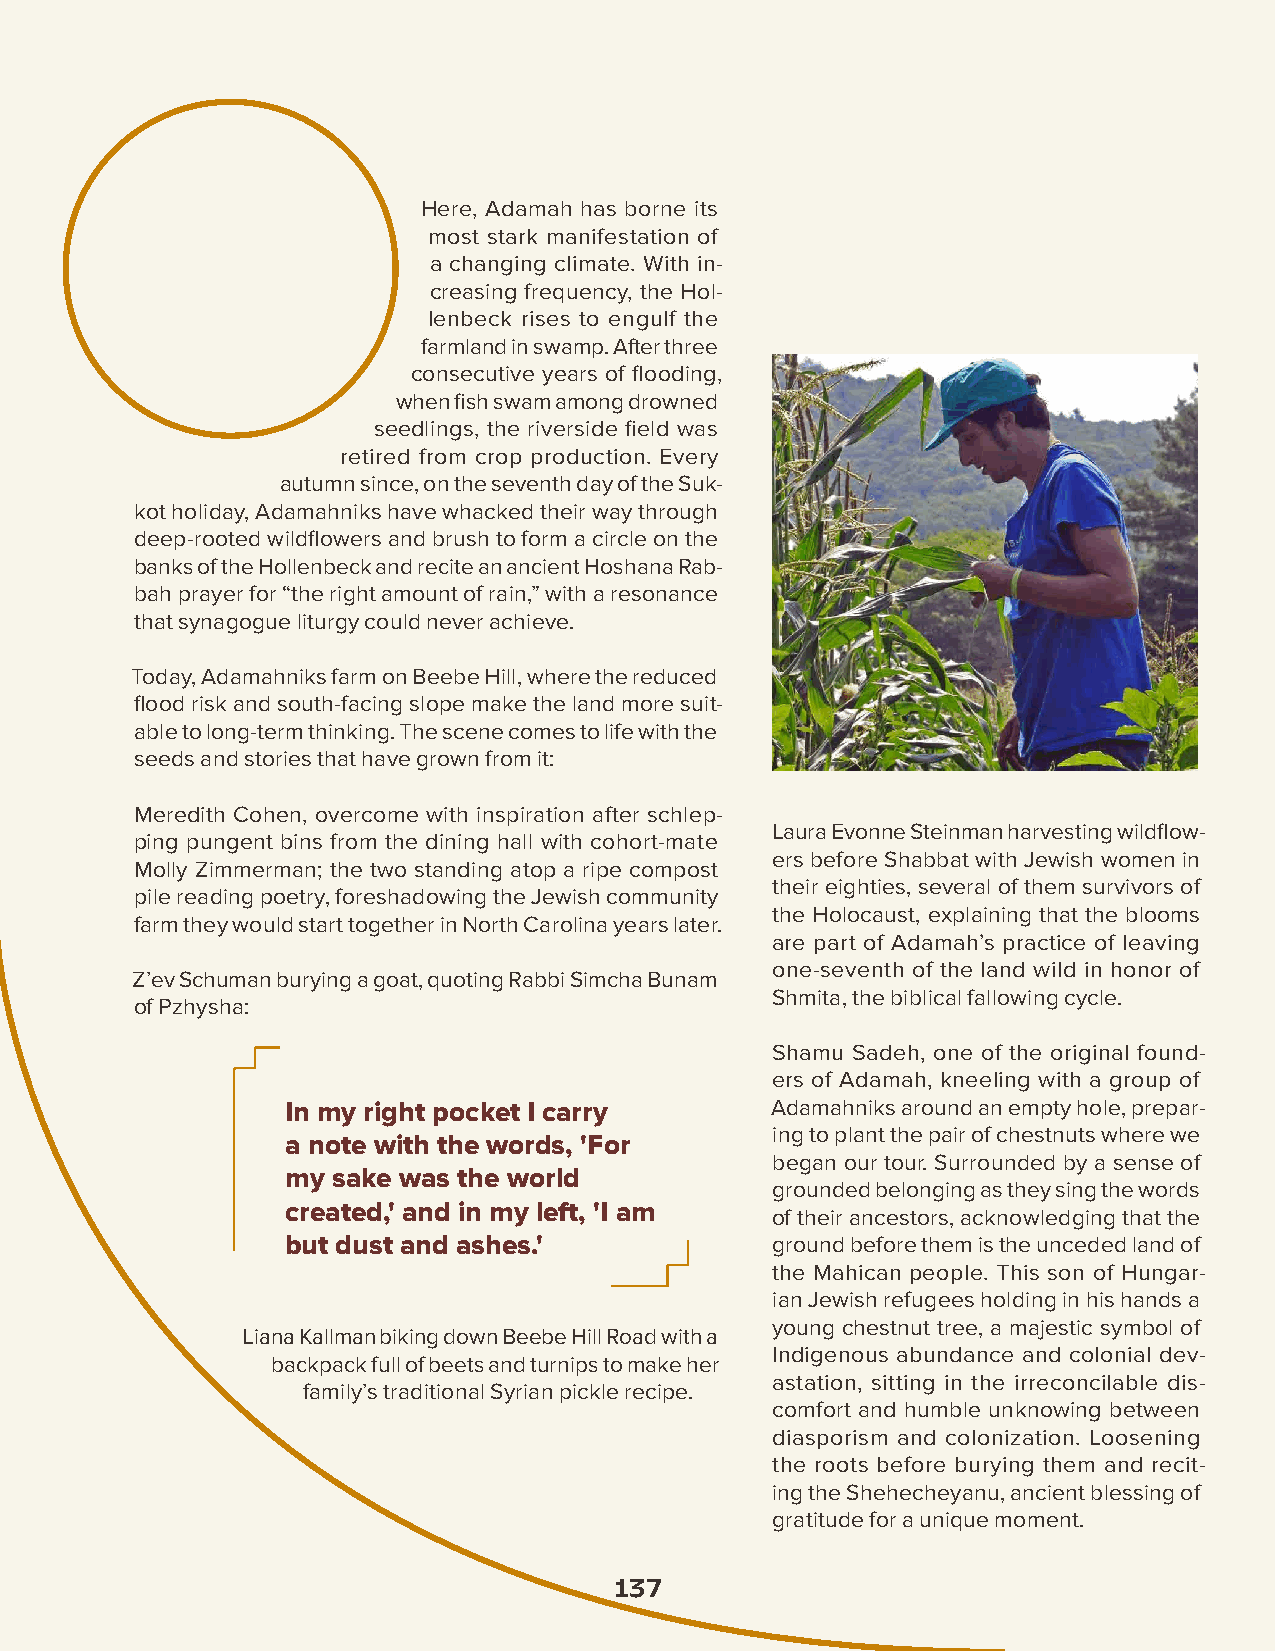
Here, Adamah has borne its
 most stark manifestation of
 a changing climate. With in-
 creasing frequency, the Hol-
 lenbeck rises to engulf the
 farmland in swamp. After three
 consecutive years of flooding,
 when fish swam among drowned
 seedlings, the riverside field was
 retired from crop production. Every
 autumn since, on the seventh day of the Suk-
 kot holiday, Adamahniks have whacked their way through
 deep-rooted wildflowers and brush to form a circle on the
 banks of the Hollenbeck and recite an ancient Hoshana Rab-
 bah prayer for “the right amount of rain,” with a resonance
 that synagogue liturgy could never achieve.
 Today, Adamahniks farm on Beebe Hill, where the reduced
 flood risk and south-facing slope make the land more suit-
 able to long-term thinking. The scene comes to life with the
 seeds and stories that have grown from it:
 Meredith Cohen, overcome with inspiration after schlep-
 Laura Evonne Steinman harvesting wildflow-
 ping pungent bins from the dining hall with cohort-mate
 ers before Shabbat with Jewish women in
 Molly Zimmerman; the two standing atop a ripe compost
 their eighties, several of them survivors of
 pile reading poetry, foreshadowing the Jewish community
 the Holocaust, explaining that the blooms
 farm they would start together in North Carolina years later.
 are part of Adamah’s practice of leaving
 one-seventh of the land wild in honor of
 Z’ev Schuman burying a goat, quoting Rabbi Simcha Bunam
 Shmita, the biblical fallowing cycle.
 of Pzhysha:
 Shamu Sadeh, one of the original found-
 ers of Adamah, kneeling with a group of
 In my right pocket I carry      Adamahniks around an empty hole, prepar-
 ing to plant the pair of chestnuts where we
 a note with the words, 'For
 began our tour. Surrounded by a sense of
 my sake was the world
 grounded belonging as they sing the words
 created,' and in my left, 'I am
 of their ancestors, acknowledging that the
 but dust and ashes.'            ground before them is the unceded land of
 the Mahican people. This son of Hungar-
 ian Jewish refugees holding in his hands a
 young chestnut tree, a majestic symbol of
 Liana Kallman biking down Beebe Hill Road with a
 Indigenous abundance and colonial dev-
 backpack full of beets and turnips to make her
 astation, sitting in the irreconcilable dis-
 family’s traditional Syrian pickle recipe.
 comfort and humble unknowing between
 diasporism and colonization. Loosening
 the roots before burying them and recit-
 ing the Shehecheyanu, ancient blessing of
 gratitude for a unique moment.
 137